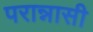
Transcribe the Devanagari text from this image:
परान्नासी